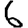
Digit: 6